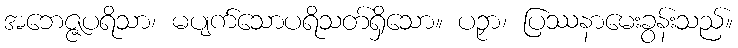
အဘေဇ္ဇပရိသာ၊ မပျက်သောပရိသတ်ရှိသော။ ပဉှာ၊ ပြဿနာမေးခွန်းသည်။